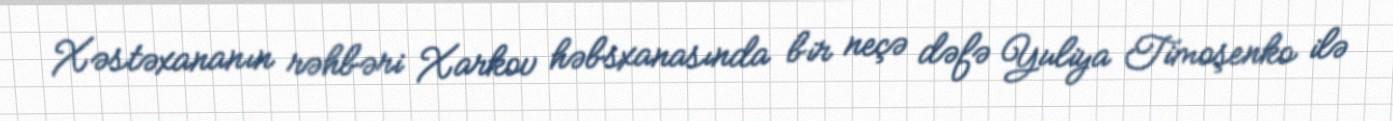
Xəstəxananın rəhbəri Xarkov həbsxanasında bir neçə dəfə Yuliya Timoşenko ilə